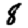
Digit: 8